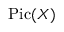
\operatorname { P i c } ( X )